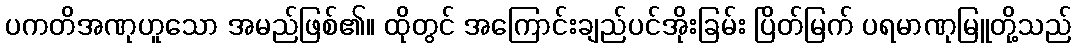
ပကတိအဏုဟူသော အမည်ဖြစ်၏။ ထိုတွင် အကြောင်းချည်ပင်အိုးခြမ်း ပြိတ်မြက် ပရမာဏုမြူတို့သည်